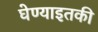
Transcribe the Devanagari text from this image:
घेण्याइतकी